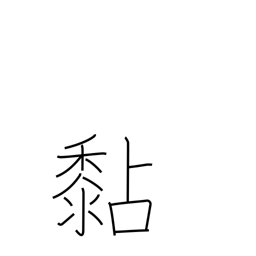
Meaning: stick to